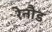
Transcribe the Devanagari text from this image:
रेनौड